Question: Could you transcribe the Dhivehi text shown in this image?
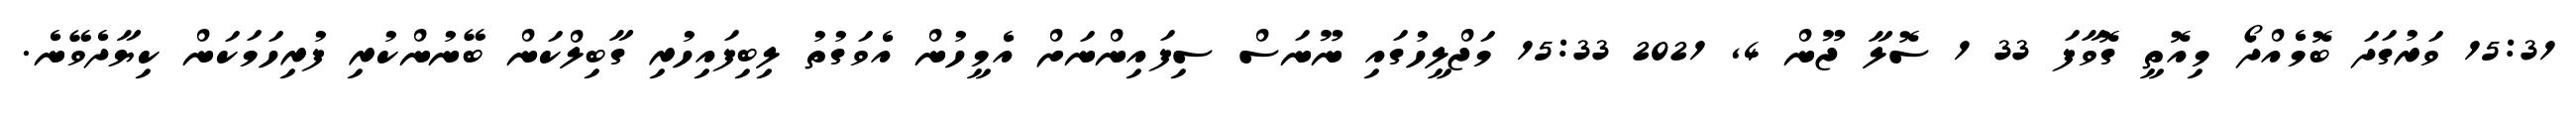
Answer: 15:31 ވަރުގަދަ ބޮމެއްދޯ މިއޮތީ ގޮވާފަ 33 1 ސޮލާ ޖޫން 4, 2021 15:33 މަޖްލީހުގައި ނޫނަސް ސިފައިންނަށް އެމީހުން އެވަގުތު ލިބިފައިހުރި ގާބިލްކަން ބޭނުންކުރި ފުރިހަމަކަން ކިޔާދެވޭނެ.